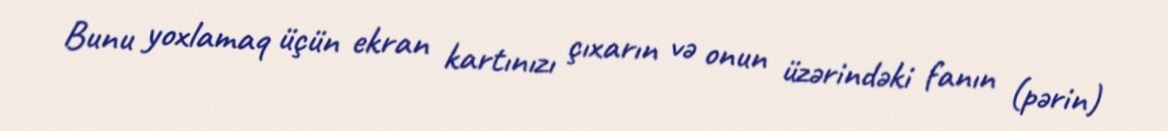
Bunu yoxlamaq üçün ekran kartınızı çıxarın və onun üzərindəki fanın (pərin)